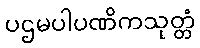
ပဌမပါပဏိကသုတ္တံ